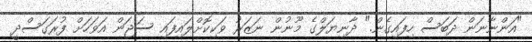
"އަންނާނަން ދަބަސް ހިފައިގެން." ދާނިޔަލްގެ މޫނުން ނަޒަރު ވަކިކޮށްލައިފައި ސަޖަން އަވަހަށް ފުރަގަސްދީ